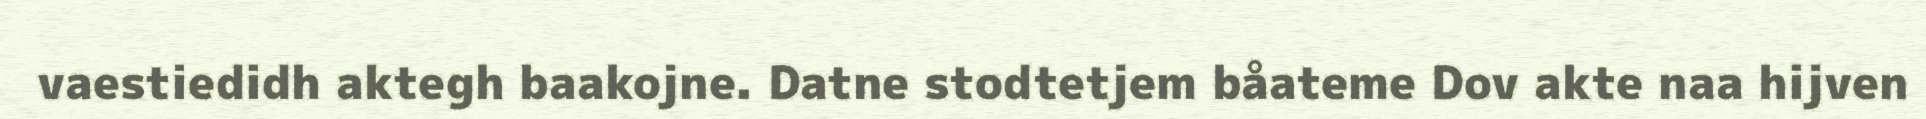
vaestiedidh aktegh baakojne. Datne stodtetjem båateme Dov akte naa hijven